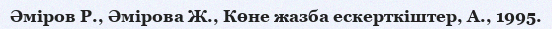
Әміров Р., Әмірова Ж., Көне жазба ескерткіштер, А., 1995.